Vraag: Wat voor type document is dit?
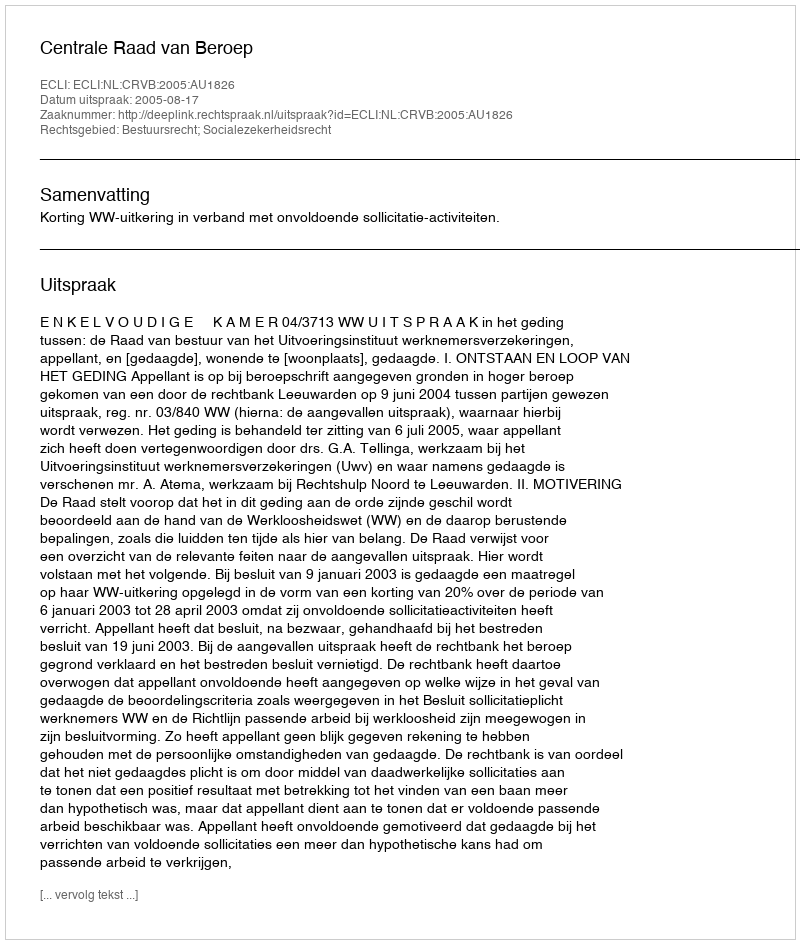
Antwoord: Uitspraak